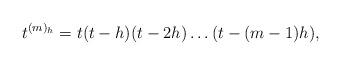
LaTeX: \begin{align*}t^{(m)_h} = t(t-h)(t-2h)\dots(t-(m-1)h),\end{align*}